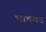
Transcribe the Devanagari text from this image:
भाषवर